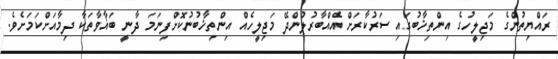
ރައްޔިތުންގެ މަޖިލީހުގެ އިންތިޚާބުގައި ސަރުކާރަށް އެއްބާރުލުންދޭ މަޖިލީހެއް އިންތިޚާބުނުކޮށްފިނަމަ ދާނީ ބަޣާވާތަކާ ދިމާއަށްކަމަށެވެ.